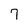
Character: 7